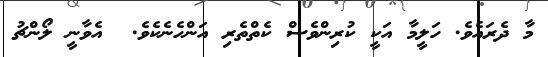
މާ ދެރައެވެ. ހަލީމާ އަކީ ކުރިންވެސް ކެތްތެރި އަންހެނެކެވެ.  އެވާނީ ލޯންޗު